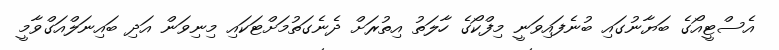
އެސްޓީއޯގެ ބަޔާނުގައި ބުނެފައިވަނީ މިފްކޯގެ ހާލަތު އިތުރަށް ދެނެގަތުމަށްޓަކައި މިނިވަން އަދި ބައިނަލްއަގްވާމީ